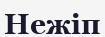
Нежіп